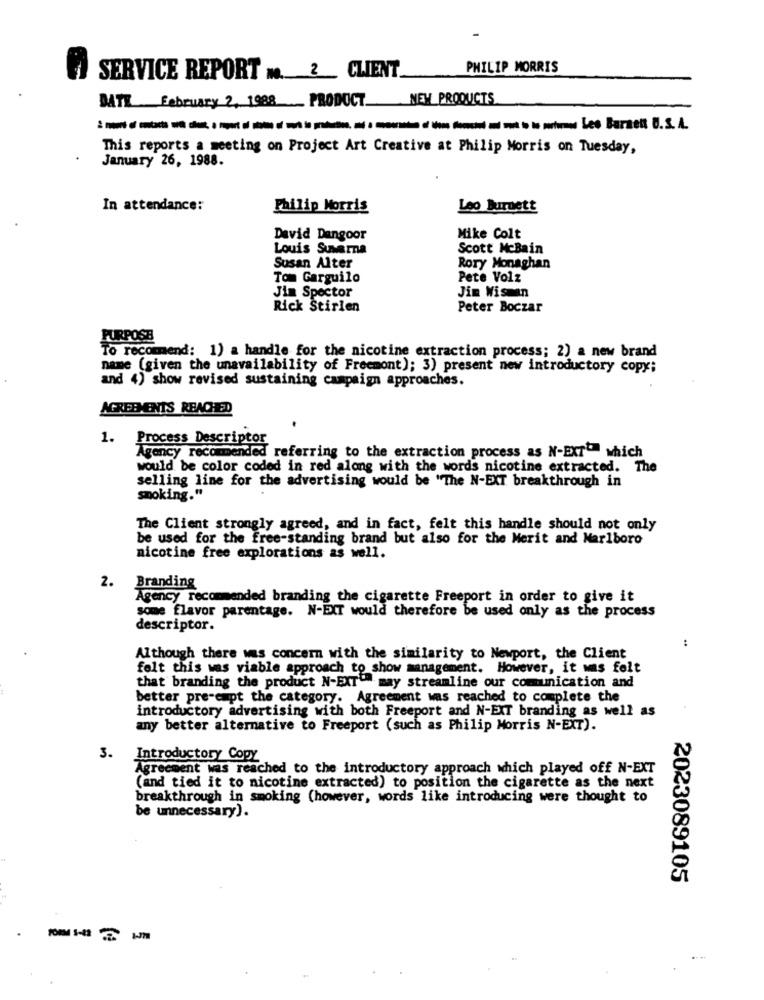
PHILIP MORRIS
SERVICE REPORT M. 2 CLIENT
MATY February 2, 1988_ PRODUCT NEW PRODUCTS
This reports a meeting on Project Art Creative at Philip Morris on Tuesday,
January 26, 1988.
In attendance:
Philip Morris
Leo Burnett
David Dangoor
Mike Colt
Louis Suvarna
Scott McBain
Susan Alter
Rory Monaghan
Tom Garguilo
Pete Volz
Jim Spector
Jin Wisman
Rick Stirlen
Peter Boczar
PURPOSE
To recommend: 1) a handle for the nicotine extraction process; 2) a new brand
name (given the unavailability of Freemont); 3) present new introductory copy;
and 4) show revised sustaining campaign approaches.
AGREEMENTS REACHED
1.
Process Descriptor
Agency recomended referring to the extraction process as N-EXT"" which
would be color coded in red along with the words nicotine extracted. The
selling line for the advertising would be "The N-EXT breakthrough in
smoking."
The Client strongly agreed, and in fact, felt this handle should not only
be used for the free-standing brand but also for the Merit and Marlboro
nicotine free explorations as well.
2. Branding
Agency recommended branding the cigarette Freeport in order to give it
some flavor parentage. N-EXT would therefore be used only as the process
descriptor.
Although there was concern with the similarity to Newport, the Client
felt this was viable approach to show management. However, it was felt
that branding the product N-EXT"" may streamline our comunication and
better pre-empt the category. Agreement was reached to complete the
introductory advertising with both Freeport and N-EXT branding as well as
any better alternative to Freeport (such as Philip Morris N-EXT).
3.
Introductory Copy
Agreement was reached to the introductory approach which played off N-EXT
(and tied it to nicotine extracted) to position the cigarette as the next
breakthrough in smoking (however, words like introducing were thought to
be unnecessary).
2023089105
-